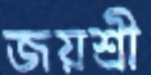
জয়শ্রী